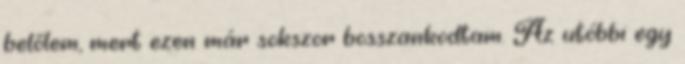
belőlem, mert ezen már sokszor bosszankodtam. Az utóbbi egy